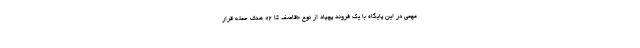
مهمی در این پایگاه با یک فروند پهپاد از نوع «قاصف کا ۲» هدف حمله قرار